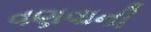
વણવાની